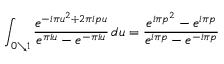
\int _ { 0 \searrow 1 } { \frac { e ^ { - i \pi u ^ { 2 } + 2 \pi i p u } } { e ^ { \pi i u } - e ^ { - \pi i u } } } \, d u = { \frac { e ^ { i \pi p ^ { 2 } } - e ^ { i \pi p } } { e ^ { i \pi p } - e ^ { - i \pi p } } }